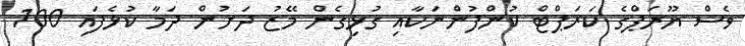
ވެސް ޔޫރަޕްގެ ކަރަޕްޓް ކުންފުންނަކާއި ގުޅިގެން މޭޒު ދަށުން ދަމާ ކުޅެފައި 100